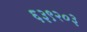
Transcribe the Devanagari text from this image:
६३९२०३